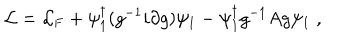
LaTeX: { \cal L } = { \cal L } _ { \mathrm { F } } + \psi _ { 1 } ^ { \dagger } ( g ^ { - 1 } i \partial g ) \psi _ { 1 } - \psi _ { 1 } ^ { \dagger } g ^ { - 1 } A g \psi _ { 1 } \; ,